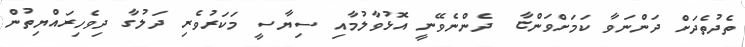
ތެދުތެދަށް ދަންނަވާ ކަމަށްވަންޏާ  ދެންނެވޭނީ އޮޅުވާލުމާއި ސިޔާސީ މަކަރުވެރި ދަލުގާ ދިވެހިރައްޔިތުން